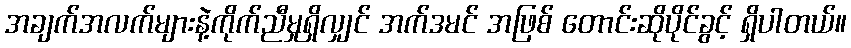
အချက်အလက်များနဲ့ကိုက်ညီမှုရှိလျှင် အက်ဒမင် အဖြစ် တောင်းဆိုပိုင်ခွင့် ရှိပါတယ်။